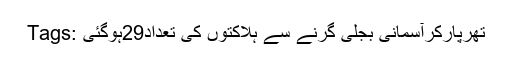
Tags: تھرپارکرآسمانی بجلی گرنے سے ہلاکتوں کی تعداد29ہوگئی